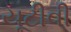
યૂટીવી